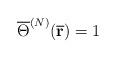
LaTeX: \begin{align*}\overline{\Theta }^{(N)}(\overline{\mathbf{r}})=1 \end{align*}